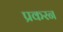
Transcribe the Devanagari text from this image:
प्रकरन